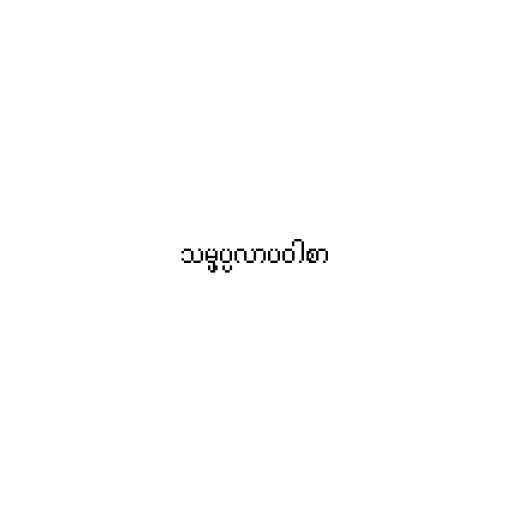
သမ္ဖပ္ပလာပဝါစာ